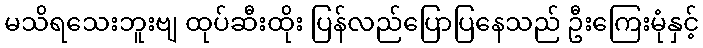
မသိရသေးဘူးဗျ ထုပ်ဆီးထိုး ပြန်လည်ပြောပြနေသည် ဦးကြေးမုံနှင့်